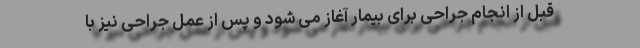
قبل از انجام جراحی برای بیمار آغاز می شود و پس از عمل جراحی نیز با